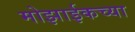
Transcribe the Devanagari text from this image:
मोझाईकच्या